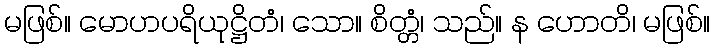
မဖြစ်။ မောဟပရိယုဋ္ဌိတံ၊ သော။ စိတ္တံ၊ သည်။ န ဟောတိ၊ မဖြစ်။